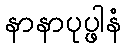
နာနာပုပ္ဖါနံ